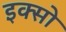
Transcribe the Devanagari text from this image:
इक्सो